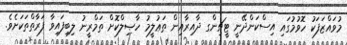
މުވައްޒަފަކު ހޮވުމުގައި އިސްކަންދޭނީ ޓީޗިންގ ދާއިރާއިން ތަޢުލީމު ހާޞިލްކޮށް ތަމްރީނު ލިބިފައިވާ ފަރާތްތަކަށެވެ.